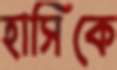
হাসিকে